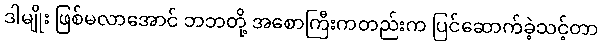
ဒါမျိုး ဖြစ်မလာအောင် ဘဘတို့ အစောကြီးကတည်းက ပြင်ဆောက်ခဲ့သင့်တာ